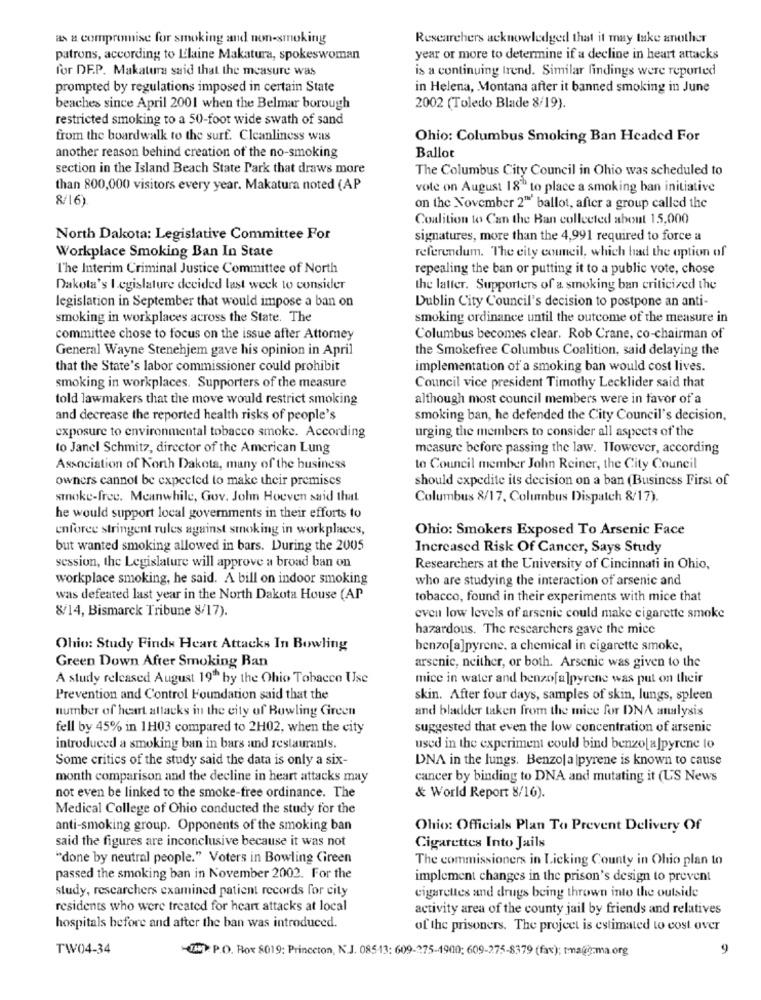
as a compromise for smoking and non-smoking
Researchers acknowledged that it may take another
patrons, according to L'laine Makatura, spokeswoman
year or more to determine if a decline in heart attacks
for DE.P. Makatura said that the measure was
is a continuing trend. Similar findings were reported
prompted by regulations imposed in certain State
in Helena, Montana after it banned smoking in June
beaches since April 2001 when the Belmar borough
2002 (Toledo Blade 8/19).
restricted smoking to a 50-foot wide swath of sand
from the boardwalk to the surf. Cleanliness was
Ohio: Columbus Smoking Ban Headed For
another reason behind creation of the no-smoking
Ballot
section in the Island Beach State Park that draws more
The Columbus City Council in Ohio was scheduled to
than 800,000 visitors every year. Makatura noted (AP
vote on August 18" to place a smoking han initiative
8/16)
on the November 2" ballot, after a group called the
Coalition to Can the Ban collected about 15,000
North Dakota: Legislative Committee For
signatures, more than the 4,991 required to force a
Workplace Smoking Ban In State
referendum. The city council, which had the option of
T'he Interim Criminal Justice Committee of North
repealing the ban or putting it to a public vote, chose
Dakota's legislature decided last week to consider
the latter. Supporters of a smoking ban criticized the
Dublin City Council's decision to postpone an anti-
legislation in September that would impose a ban on
smoking in workplaces across the State. The
smoking ordinance until the outcome of the measure in
committee chose to focus on the issue after Attomey
Columbus becomes clear. Rob Crane, co-chairman of
General Wayne Stenehjem gave his opinion in April
the Smokefree Columbus Coalition, said delaying the
that the State's labor commissioner could prohibit
implementation of a smoking ban would cost lives.
smoking in workplaces. Supporters of the measure
Council vice president Timothy Lecklider said that
told lawmakers that the move would restrict smoking
although most council members were in favor of a
and decrease the reported health risks of people's
smoking ban, he defended the City Council's decision,
urging the members to consider all aspects of the
exposure to environmental tobacco smoke. According
to Janel Schmitz, director of the American Lung
mcasure before passing the law. However, according
Association of North Dakota, many of the business
to Council member John Reiner, the City Council
owners cannot be expected to make their premises
should expedite its decision on a ban (Business First of
smoke-free. Meanwhile, Gov. John Hoeven said that
Columbus 8/17, Columbus Dispatch 8/17).
he would support local governments in their efforts to
enforce stringent rules against smoking in workplaces,
Ohio: Smokers Exposed To Arsenic Face
but wanted smoking allowed in bars. During the 2005
Increased Risk Of Cancer, Says Study
session, the Legislature will approve a broad ban on
Researchers at the University of Cincinnati in Ohio,
workplace smoking, he said. A bill on indoor smoking
who are studying the interaction of arsenic and
was defeated last year in the North Dakota House (AP
tobacco, found in their experiments with mice that
8/14, Bismarck Tribune 8/17).
even low levels of arsenic could make cigarette smoke
hazardous. The researchers gave the mice
Ohio: Study Finds Heart Attacks In Bowling
benzo[a]pyrene. a chemical in cigarette smoke,
Green Down After Smoking Ban
arsenic, neither, or both. Arsenic was given to the
A study released August 19" by the Ohio Tobacco Use
mice in water and benzo[a]pyrene was put on their
Prevention and Control Foundation said that the
skin. After four days, samples of skin, lungs, spleen
number of heart attacks in the city of Bowling Green
and bladder taken from the mice for DNA analysis
fell by 45% in 1H03 compared to 2H02, when the city
suggested that even the low concentration of arsenic
introduced a smoking ban in bars and restaurants.
used in the experiment could bind benzo[ a]pyrene lo
Some critics of the study said the data is only a six-
DNA in the lungs. Benzo|a |pyrene is known to cause
month comparison and the decline in heart attacks may
cancer by binding to DNA and mutating it (US News
not even be linked to the smoke-free ordinance. The
& World Report 8/16).
Medical College of Ohio conducted the study for the
anti-smoking group. Opponents of the smoking ban
Ohio: Officials Plan To Prevent Delivery Of
said the figures are inconclusive because it was not
Cigarettes Into Jails
"done by neutral people." Voters in Bowling Green
The commissioners in Licking County in Ohio plan to
passed the smoking ban in November 2002. For the
implement changes in the prison's design to prevent
study, researchers examined patient records for city
cigarettes and drugs being thrown into the outside
residents who were treated for heart attacks at local
activity area of the county jail by friends and relatives
hospitals before and after the ban was introduced.
of the prisoners. The project is estimated to cost over
TW04-34
IM: P.O. Box 8019: Princeton, N.J. 085-13: 609-275-1900: 609-275-8379 (fax); tmauğ-ma.org